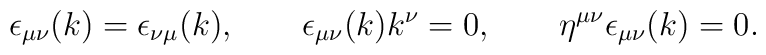
\epsilon _{\mu \nu }(k) = \epsilon _{\nu \mu }(k), \qquad \epsilon _{\mu \nu }(k)k^\nu = 0, \qquad \eta ^{\mu \nu }\epsilon _{\mu \nu }(k) = 0.